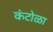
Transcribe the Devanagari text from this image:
कंटोळा